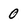
Character: 0